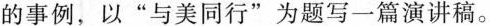
的事例，以”与美同行”为题写一篇演讲稿。